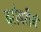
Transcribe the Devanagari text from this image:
बरोबरीनं